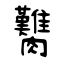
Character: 臡